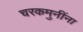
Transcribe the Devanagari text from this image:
चरकमुनींना